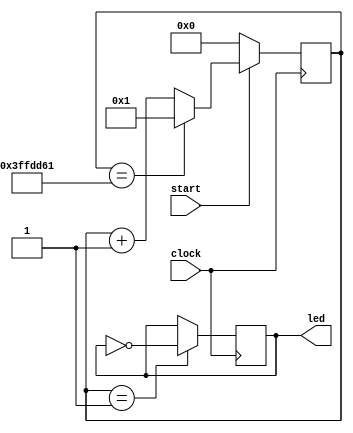
`timescale 1ns / 1ps

//clock divider for 7-segment that begins only when the previous phase is completed

module segclock(input clock, start, output reg led = 0);
    
    reg [25:0] COUNT = 26'b0;
    
    always @ (posedge clock) begin
    
        COUNT<=(start==0)?26'b0:(COUNT==26'b11111111111101110101100001)?26'b00000000000000000000000001:COUNT + 1;
        led<=(COUNT==26'b00000000000000000000000001)?~led:led;
    end

endmodule